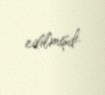
edilmişdi.